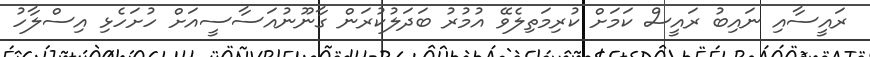
ރައީސާއި ނައިބު ރައީސް ކަމަށް ކުރިމަތިލެވޭ އުމުރު ބަދަލުކުރަން ގާނޫނުއަސާސީއަށް ހުށަހެޅި އިސްލާހު